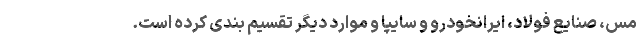
مس، صنایع فولاد، ایرانخودرو و سایپا و موارد دیگر تقسیم بندی کرده است.